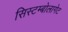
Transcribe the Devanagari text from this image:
सिस्टम्बोलागेट